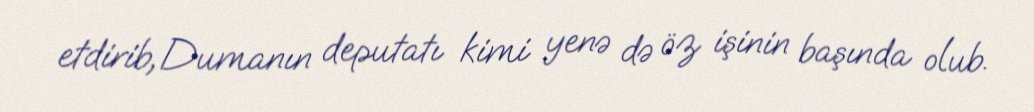
etdirib, Dumanın deputatı kimi yenə də öz işinin başında olub.